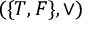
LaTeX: ( \{ T , F \} , \lor )